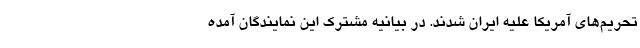
تحریم‌های آمریکا علیه ایران شدند. در بیانیه مشترک این نمایندگان آمده